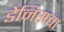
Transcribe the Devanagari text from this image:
डेनिसचा